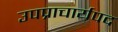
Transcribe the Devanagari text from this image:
उपप्राचार्यपद